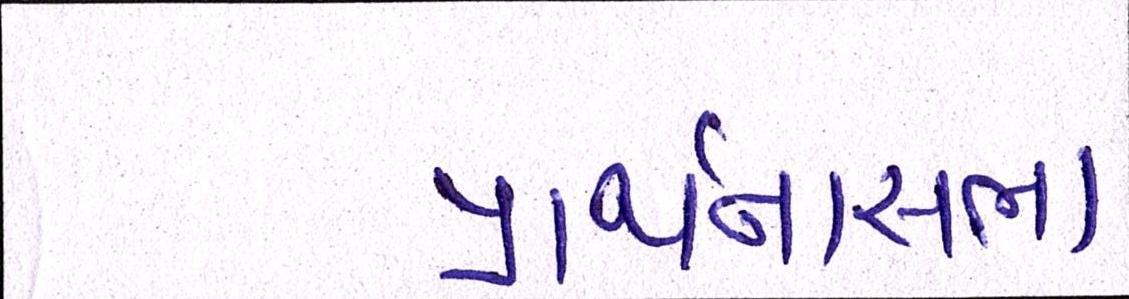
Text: પ્રાર્થનાસભા